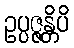
ဥပ္ပဇ္ဇန္တိပိ